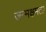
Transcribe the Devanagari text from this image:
जन्मक्षमता